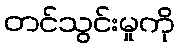
တင်သွင်းမှုကို